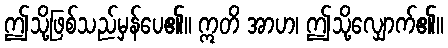
ဤသို့ဖြစ်သည်မှန်ပေ၏။ ဣတိ အာဟ၊ ဤသို့လျှောက်၏။